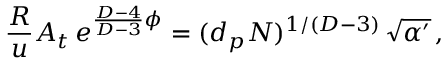
{ \frac { \cal R } { u } } A _ { t } \, e ^ { { \frac { D - 4 } { D - 3 } } \phi } = ( d _ { p } N ) ^ { 1 / ( D - 3 ) } \, \sqrt { \alpha ^ { \prime } } \, ,